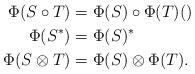
LaTeX: \begin{align*}\Phi(S \circ T) &=\Phi(S)\circ \Phi(T) ()\\\Phi(S^*)&=\Phi(S)^* \\\Phi(S \otimes T) &=\Phi(S) \otimes \Phi(T).\end{align*}